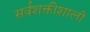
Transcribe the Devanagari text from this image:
सर्वशक्तीशाली